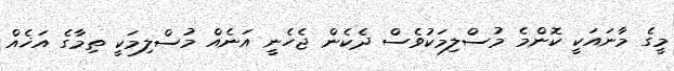
މީގެ މާނައަކީ ކޮންމެ މުސްލިމަކުވެސް ދެކެން ޖެހެނީ އަނެއް މުސްލިމަކީ ތިމާގެ އަޚެއް